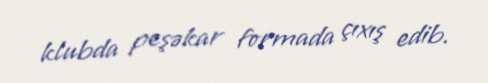
klubda peşəkar formada çıxış edib.